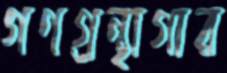
গণগ্রন্থাগার